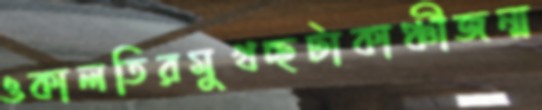
ওকালতিরমুখচ্ছটাকাঞ্চীজন্ম